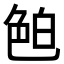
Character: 𦫖